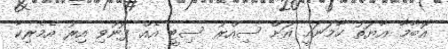
އޮބާމާ އާޔަތު ހާމަނައީ އަށް ސިއްރު ސިޓީ އެއް ފޮނުވި އިރު އެމެރިކާ